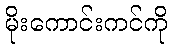
မိုးကောင်းကင်ကို